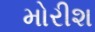
મોરીશ